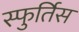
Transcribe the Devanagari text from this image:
स्फुर्तिस